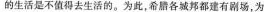
的生活是不值得去生活的。为此，希后各城邦都建有剧场，为